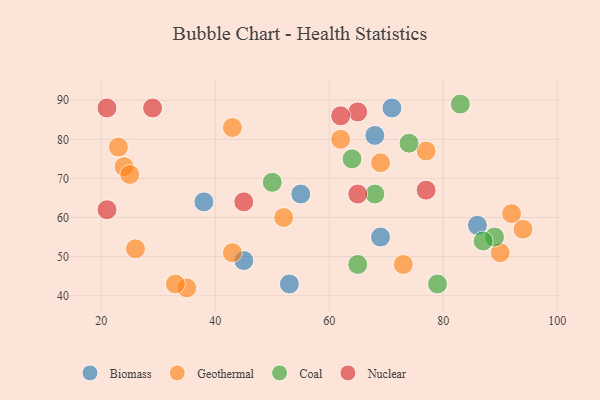
{"axis": {"x": "GDP", "y": "Life Expectancy"}, "legend": ["Biomass", "Coal", "Geothermal", "Nuclear"], "data": [{"x": "86", "y": 58, "type": "Biomass"}, {"x": "69", "y": 55, "type": "Biomass"}, {"x": "71", "y": 88, "type": "Biomass"}, {"x": "68", "y": 81, "type": "Biomass"}, {"x": "55", "y": 66, "type": "Biomass"}, {"x": "38", "y": 64, "type": "Biomass"}, {"x": "53", "y": 43, "type": "Biomass"}, {"x": "45", "y": 49, "type": "Biomass"}, {"x": "43", "y": 83, "type": "Geothermal"}, {"x": "69", "y": 74, "type": "Geothermal"}, {"x": "35", "y": 42, "type": "Geothermal"}, {"x": "90", "y": 51, "type": "Geothermal"}, {"x": "43", "y": 51, "type": "Geothermal"}, {"x": "73", "y": 48, "type": "Geothermal"}, {"x": "92", "y": 61, "type": "Geothermal"}, {"x": "26", "y": 52, "type": "Geothermal"}, {"x": "62", "y": 80, "type": "Geothermal"}, {"x": "94", "y": 57, "type": "Geothermal"}, {"x": "23", "y": 78, "type": "Geothermal"}, {"x": "52", "y": 60, "type": "Geothermal"}, {"x": "24", "y": 73, "type": "Geothermal"}, {"x": "33", "y": 43, "type": "Geothermal"}, {"x": "77", "y": 77, "type": "Geothermal"}, {"x": "25", "y": 71, "type": "Geothermal"}, {"x": "89", "y": 55, "type": "Coal"}, {"x": "74", "y": 79, "type": "Coal"}, {"x": "68", "y": 66, "type": "Coal"}, {"x": "65", "y": 48, "type": "Coal"}, {"x": "50", "y": 69, "type": "Coal"}, {"x": "87", "y": 54, "type": "Coal"}, {"x": "79", "y": 43, "type": "Coal"}, {"x": "64", "y": 75, "type": "Coal"}, {"x": "83", "y": 89, "type": "Coal"}, {"x": "29", "y": 88, "type": "Nuclear"}, {"x": "77", "y": 67, "type": "Nuclear"}, {"x": "21", "y": 62, "type": "Nuclear"}, {"x": "65", "y": 87, "type": "Nuclear"}, {"x": "45", "y": 64, "type": "Nuclear"}, {"x": "62", "y": 86, "type": "Nuclear"}, {"x": "21", "y": 88, "type": "Nuclear"}, {"x": "65", "y": 66, "type": "Nuclear"}]}